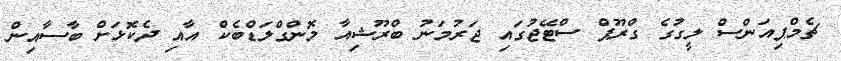
ޗެމްޕިއަންސް ލީގުގެ ގްރޫޕް ސްޓޭޖުގައި ޖަރުމަނު ބްރޫޝިއާ މޮންގްލަޑްބެކް އާއި ދެކޮޅަށް ބާސާއިން